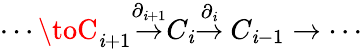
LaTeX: \cdots\toC_{\mathit{i}+1}{\stackrel{\partial_{\mathit{i}+1}}{\to}}C_{\mathit{i}}{\stackrel{\partial_{\mathit{i}}}{\to}}\ C_{\mathit{i}-1}\to\cdots